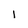
Character: 1